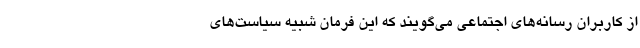
از کاربران رسانه‌های اجتماعی می‌گویند که این فرمان شبیه سیاست‌های